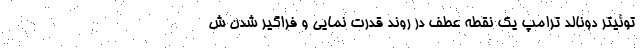
توئیتر دونالد ترامپ یک نقطه عطف در روند قدرت نمایی و فراگیر شدن ش